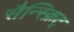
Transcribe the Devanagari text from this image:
सैन्स्क्रिट्